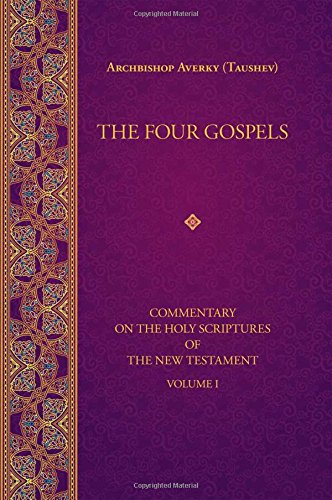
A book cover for The Four Gospels (Commentary on the Holy Scriptures of the); Archbishop Averky (Taushev); Christian Books & Bibles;